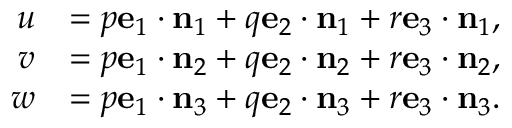
{ \begin{array} { r l } { u } & { = p \mathbf { e } _ { 1 } \cdot \mathbf { n } _ { 1 } + q \mathbf { e } _ { 2 } \cdot \mathbf { n } _ { 1 } + r \mathbf { e } _ { 3 } \cdot \mathbf { n } _ { 1 } , } \\ { v } & { = p \mathbf { e } _ { 1 } \cdot \mathbf { n } _ { 2 } + q \mathbf { e } _ { 2 } \cdot \mathbf { n } _ { 2 } + r \mathbf { e } _ { 3 } \cdot \mathbf { n } _ { 2 } , } \\ { w } & { = p \mathbf { e } _ { 1 } \cdot \mathbf { n } _ { 3 } + q \mathbf { e } _ { 2 } \cdot \mathbf { n } _ { 3 } + r \mathbf { e } _ { 3 } \cdot \mathbf { n } _ { 3 } . } \end{array} }